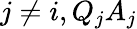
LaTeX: j\neq i,Q_{j}A_{j}